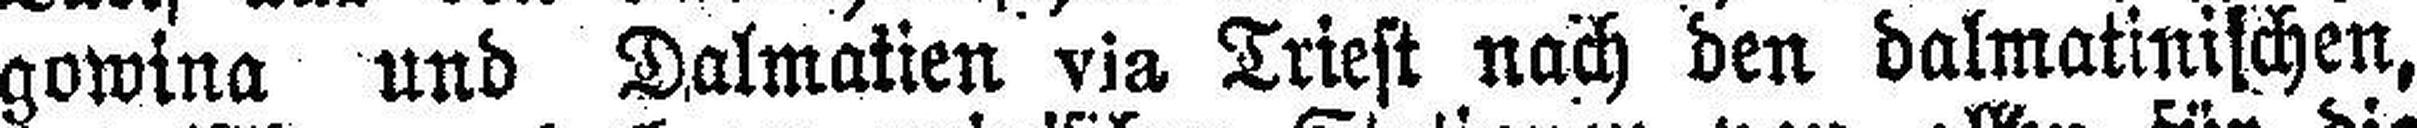
gowina und Dalmatien via Triest nach den dalmatinischen,